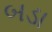
બડા